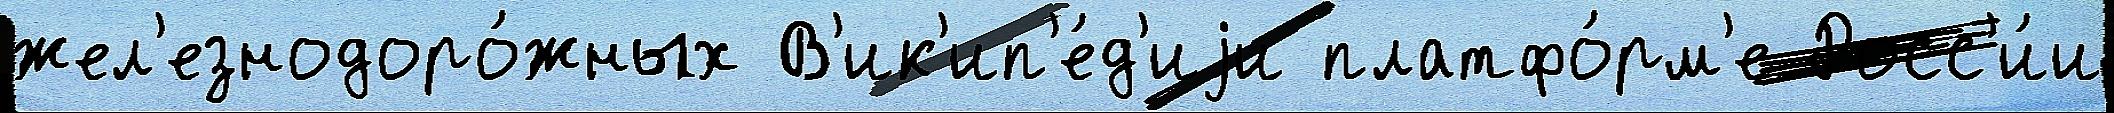
жел'езнодоро́жных В'ик'ип'е́д'иjи платфо́рм'е Росс'и́и